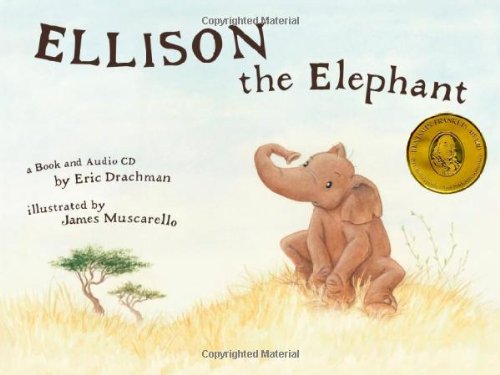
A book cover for Ellison the Elephant (with Audio CD); Eric Drachman; Children's Books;